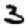
Digit: 3